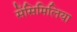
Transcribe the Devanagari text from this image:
सेंसिमिलिया